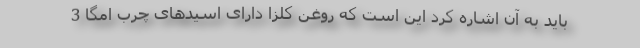
باید به آن اشاره کرد این است که روغن کلزا دارای اسیدهای چرب امگا 3